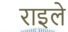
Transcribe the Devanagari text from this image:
राइले